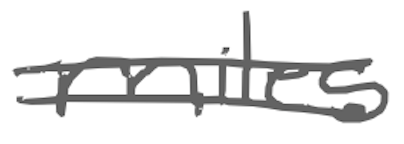
Text: miles
Cross-out: mix
Writing tool: digital_gray